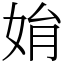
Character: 姢